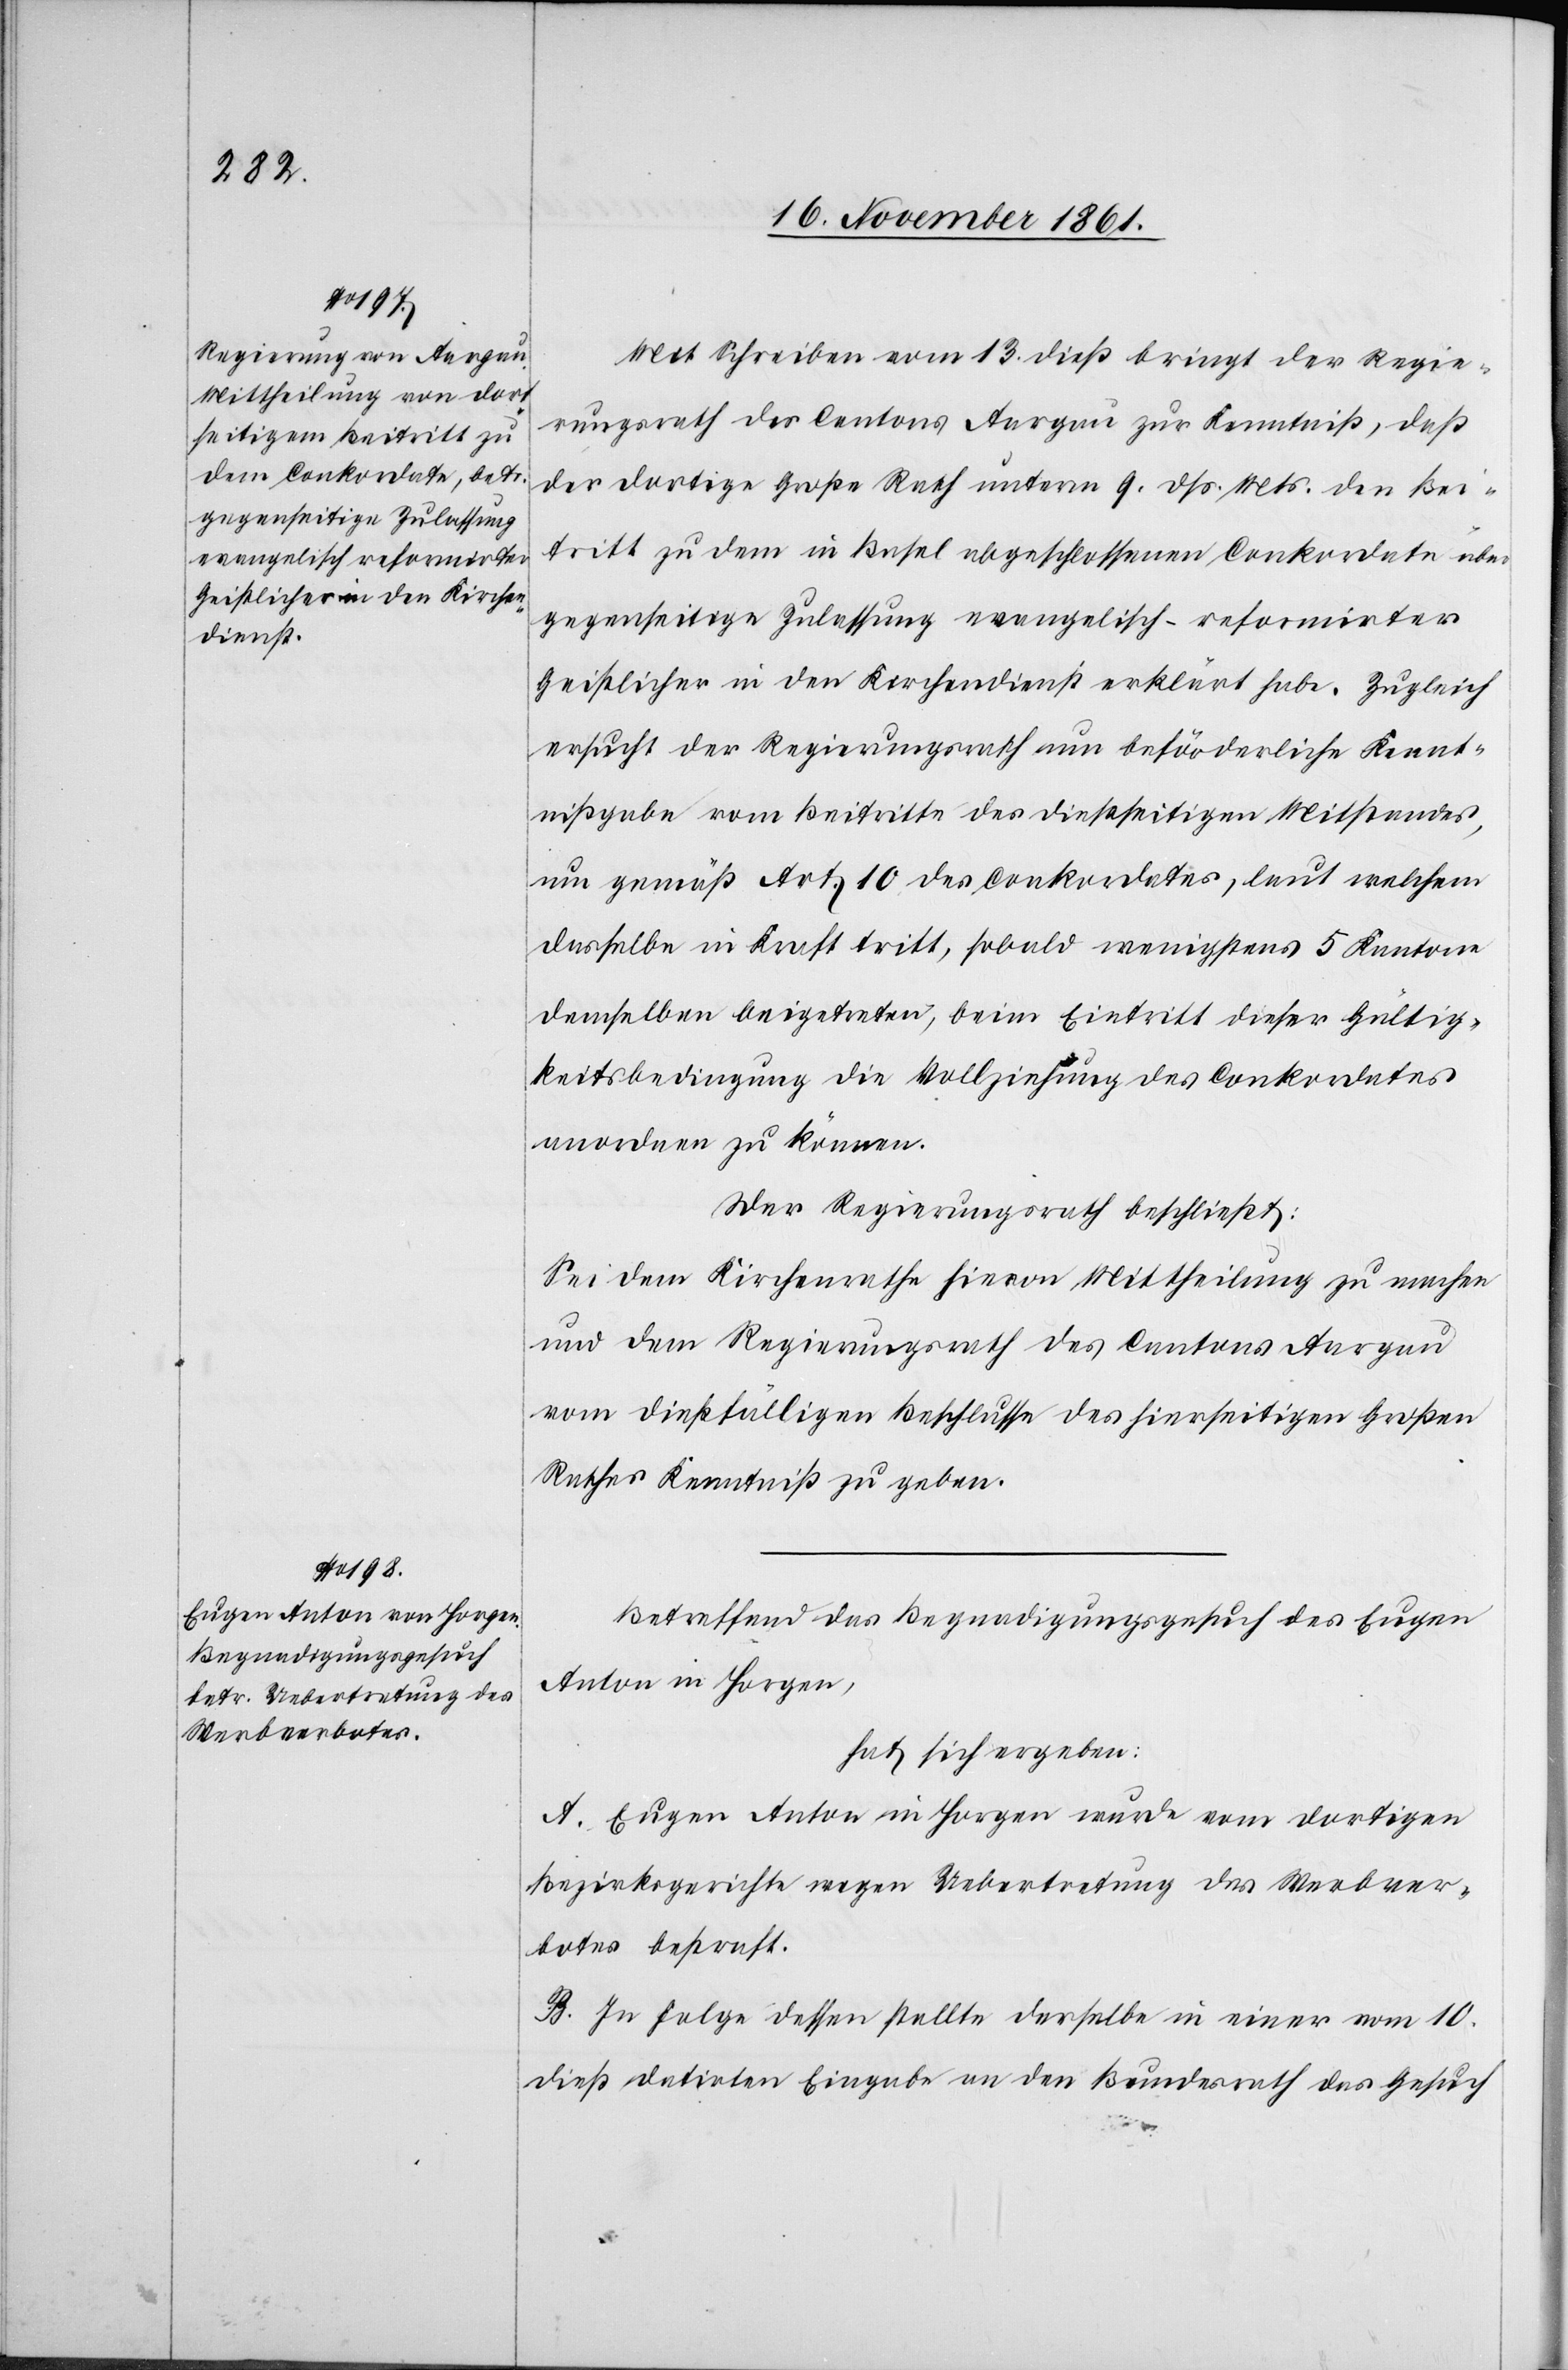
Mit Schreiben vom 13 dieß bringt der Regie¬
rungsrath des Cantons Aargau zur Kenntniß, daß
der dortige Große Rath unterm 9 dß. Mts. den Bei¬
tritt zu dem in Basel abgeschlossenen Conkordate über
gegenseitige Zulassung evangelisch-reformirter
Geistlicher in den Kirchendienst erklärt habe. Zugleich
ersucht der Regierungsrath um beförderliche Kennt¬
nißgabe vom Beitritte des dießseitigen Mitstandes,
um gemäß Art. 10 des Conkordates, laut welchem
dasselbe in Kraft tritt, sobald wenigstens 5 Kantone
demselben beigetreten, beim Eintritt dieser Gültig¬
keitsbedingung die Vollziehung des Conkordates
anordnen zu können.
Der Regierungsrath beschließt:
Sei dem Kirchenrathe hievon Mittheilung zu machen
und dem Regierungsrath des Cantons Aargau
vom dießfälligen Beschlusse des hierseitigen Großen
Rathes Kenntniß zu geben.
Betreffend das Begnadigungsgesuch des Eugen
Anton in Horgen,
hat sich ergeben:
A. Eugen Anton in Horgen wurde vom dortigen
Bezirksgerichte wegen Uebertretung des Werbever¬
botes bestraft.
B. In Folge dessen stellte derselbe in einer vom 10
dieß datirten Eingabe an den Bundesrath das Gesuch